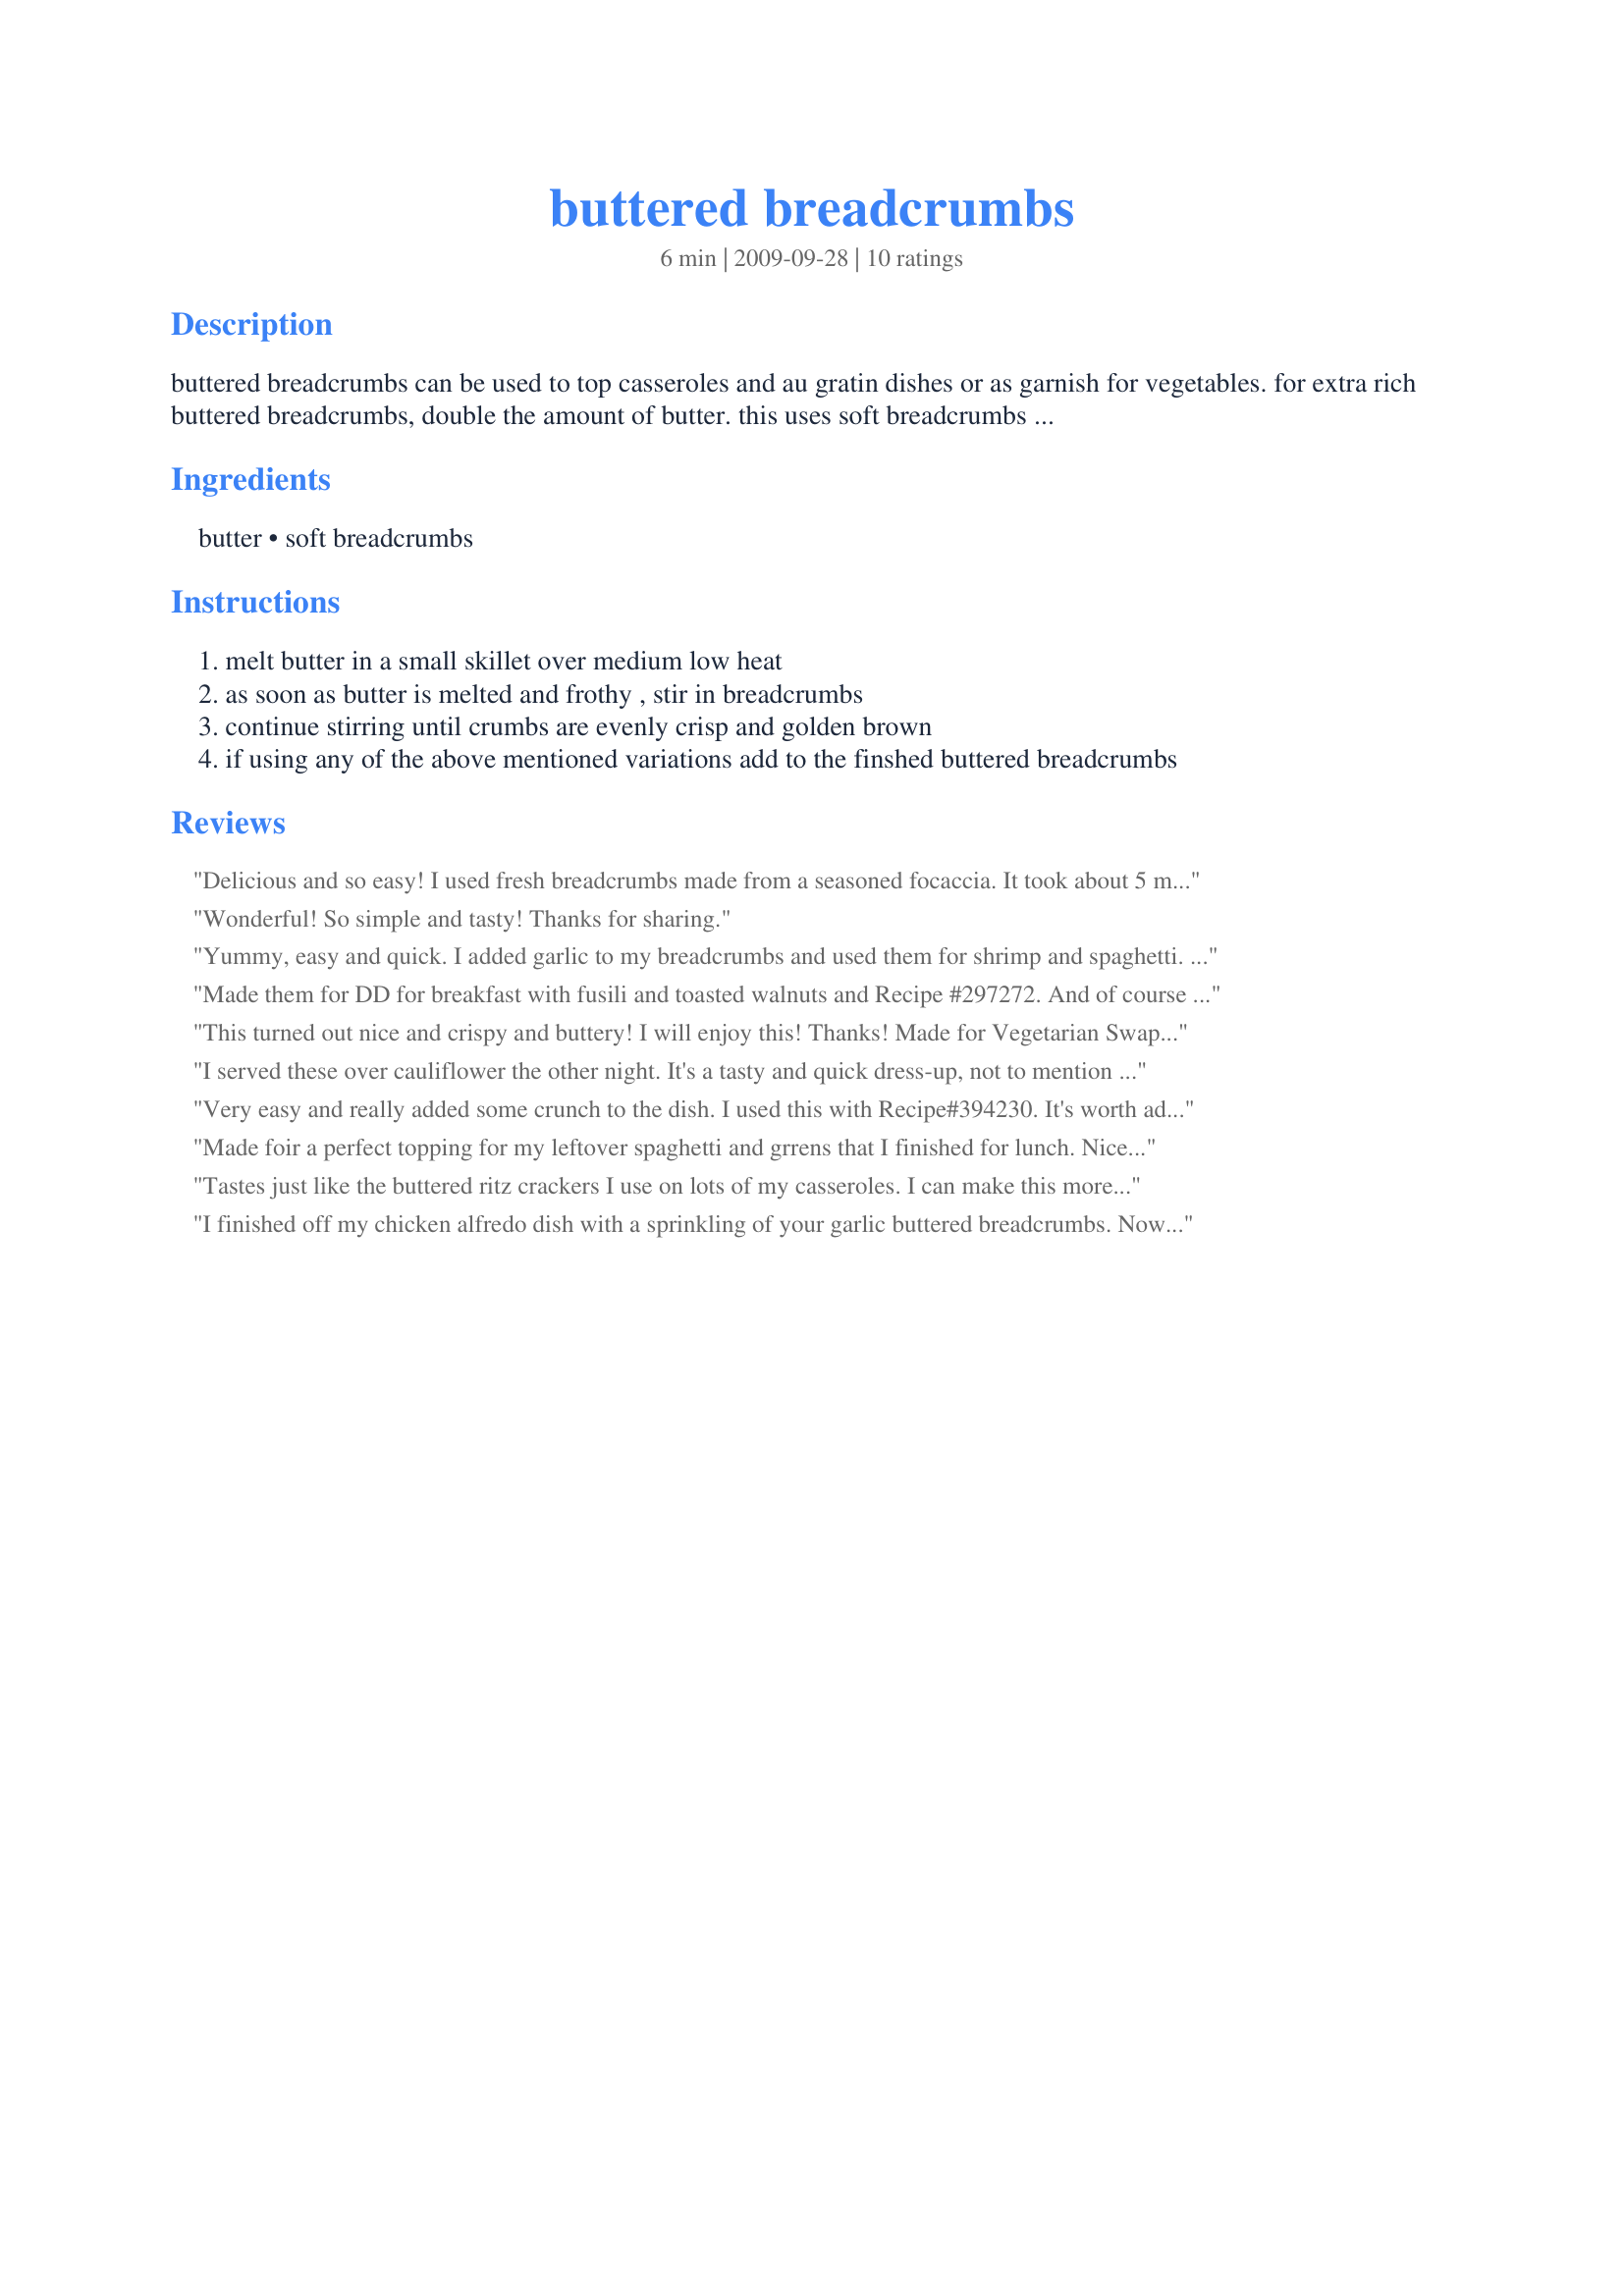
buttered breadcrumbs
Preparation time: 6 minutes

buttered breadcrumbs can be used to top casseroles and au gratin dishes or as garnish for vegetables.
for extra rich buttered breadcrumbs, double the amount of butter.
this uses soft breadcrumbs which i posted separately.
variations: add to taste grated parmesan cheese, minced parsley, minced toasted walnuts, toasted almonds or toasted sesame seeds.

Ingredients:
butter, soft breadcrumbs

Steps:
melt butter in a small skillet over medium low heat
as soon as butter is melted and frothy , stir in breadcrumbs
continue stirring until crumbs are evenly crisp and golden brown
if using any of the above mentioned variations add to the finshed buttered breadcrumbs

Reviews:
Delicious and so easy! I used fresh breadcrumbs made from a seasoned focaccia. It took about 5 minutes of stirring to get these perfectly lightly toasted, then I set aside in a bowl until the rest of our meal was ready. They were great on green beans and on pasta. I had made more than 1/2 cup, so we had some leftover which I ate with a spoon. :)
Wonderful! So simple and tasty! Thanks for sharing.
Yummy, easy and quick. I added garlic to my breadcrumbs and used them for shrimp and spaghetti. My family loved it. DH ate 2 big plates. Thanks, Debb! Made for Photo tag.
Made them for DD for breakfast with fusili and toasted walnuts and Recipe #297272. And of course with your soft breadcrumbs. I see that everyone else used them for savory dishes,but they're great on sweet ones too.
This turned out nice and crispy and buttery! I will enjoy this! Thanks! Made for Vegetarian Swap-Feb. 2010.
I served these over cauliflower the other night. It's a tasty and quick dress-up, not to mention economical. Made for Zaar Stars Tag.
Very easy and really added some crunch to the dish. I used this with Recipe#394230. It's worth adding these late in the cooking stage as it looked like they could get overdone more quickly then regular breadcrumbs- having already been cooked! Will definitely use this recipe again!
Made foir a perfect topping for my leftover spaghetti and grrens that I finished for lunch. Nice and simple. Very enjoyable. Made for 1-2-3 hit wonders.
Tastes just like the buttered ritz crackers I use on lots of my casseroles. I can make this more economically and easier, so I'll definitely use this again. Thanks so much for sharing your recipe!
I finished off my chicken alfredo dish with a sprinkling of your garlic buttered breadcrumbs. Now I call that a real 'happy ending'! Made for Everyday Is a Holiday.
